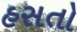
હસતો